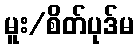
မူး/စိတ်ပုဒ်မ